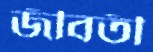
জীবতী